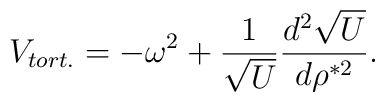
V_{tort.}=-\omega^2 + \frac{1}{\sqrt U}\frac{d^2\sqrt U}{d\rho^{*2}}.